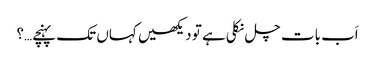
اَب بات چل نکلی ہے تو دیکھیں کہاں تک پہنچے…؟